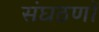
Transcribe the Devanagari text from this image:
संघठणों